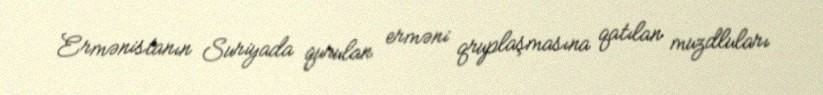
Ermənistanın Suriyada qurulan erməni qruplaşmasına qatılan muzdluları